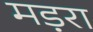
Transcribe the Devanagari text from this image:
मड़रा